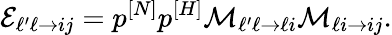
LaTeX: \mathcal{E}_{\ell^{\prime}\ell\rightarrow ij}=p^{[N]}p^{[H]}\mathcal{M}_{\ell^{\prime}\ell\rightarrow\ell i}\mathcal{M}_{\ell i\rightarrow ij}.